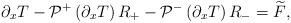
LaTeX: \begin{align*}\partial_x T-\mathcal{P}^+\left(\partial_x T\right) R_+-\mathcal{P}^-\left(\partial_x T\right) R_-=\widetilde{F},\end{align*}